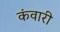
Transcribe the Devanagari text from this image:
कंवारी